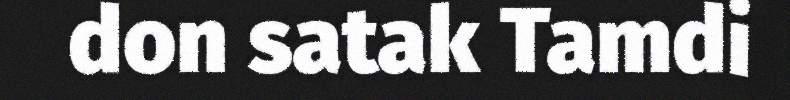
don satak Tamdi